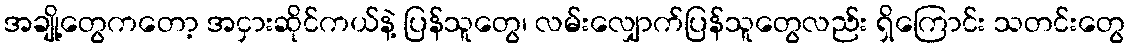
အချို့တွေကတော့ အငှားဆိုင်ကယ်နဲ့ ပြန်သူတွေ၊ လမ်းလျှောက်ပြန်သူတွေလည်း ရှိကြောင်း သတင်းတွေ